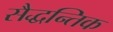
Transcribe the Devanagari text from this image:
सैद्धन्तिक